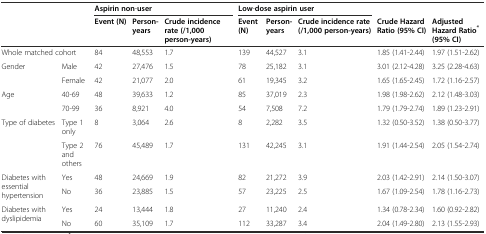
<table><thead><tr><td colspan="2"></td><td colspan="3"><b>Aspirin non-user</b></td><td colspan="3"><b>Low-dose aspirin user</b></td><td></td><td></td></tr><tr><td colspan="2"></td><td><b>Event (N)</b></td><td><b>Person-years</b></td><td><b>Crude incidence rate (/1,000 person-years)</b></td><td><b>Event (N)</b></td><td><b>Person-years</b></td><td><b>Crude incidence rate (/1,000 person-years)</b></td><td><b>Crude Hazard Ratio (95% CI)</b></td><td><b>Adjusted Hazard Ratio<sup>*</sup>(95% CI)</b></td></tr></thead><tbody><tr><td colspan="2">Whole matched cohort</td><td>84</td><td>48,553</td><td>1.7</td><td>139</td><td>44,527</td><td>3.1</td><td>1.85 (1.41-2.44)</td><td>1.97 (1.51-2.62)</td></tr><tr><td>Gender</td><td>Male</td><td>42</td><td>27,476</td><td>1.5</td><td>78</td><td>25,182</td><td>3.1</td><td>3.01 (2.12-4.28)</td><td>3.25 (2.28-4.63)</td></tr><tr><td></td><td>Female</td><td>42</td><td>21,077</td><td>2.0</td><td>61</td><td>19,345</td><td>3.2</td><td>1.65 (1.65-2.45)</td><td>1.72 (1.16-2.57)</td></tr><tr><td>Age</td><td>40-69</td><td>48</td><td>39,633</td><td>1.2</td><td>85</td><td>37,019</td><td>2.3</td><td>1.98 (1.98-2.62)</td><td>2.12 (1.48-3.03)</td></tr><tr><td></td><td>70-99</td><td>36</td><td>8,921</td><td>4.0</td><td>54</td><td>7,508</td><td>7.2</td><td>1.79 (1.79-2.74)</td><td>1.89 (1.23-2.91)</td></tr><tr><td>Type of diabetes</td><td>Type 1 only</td><td>8</td><td>3,064</td><td>2.6</td><td>8</td><td>2,282</td><td>3.5</td><td>1.32 (0.50-3.52)</td><td>1.38 (0.50-3.77)</td></tr><tr><td></td><td>Type 2 and others</td><td>76</td><td>45,489</td><td>1.7</td><td>131</td><td>42,245</td><td>3.1</td><td>1.91 (1.44-2.54)</td><td>2.05 (1.54-2.74)</td></tr><tr><td rowspan="2">Diabetes with essential hypertension</td><td>Yes</td><td>48</td><td>24,669</td><td>1.9</td><td>82</td><td>21,272</td><td>3.9</td><td>2.03 (1.42-2.91)</td><td>2.14 (1.50-3.07)</td></tr><tr><td>No</td><td>36</td><td>23,885</td><td>1.5</td><td>57</td><td>23,225</td><td>2.5</td><td>1.67 (1.09-2.54)</td><td>1.78 (1.16-2.73)</td></tr><tr><td rowspan="2">Diabetes with dyslipidemia</td><td>Yes</td><td>24</td><td>13,444</td><td>1.8</td><td>27</td><td>11,240</td><td>2.4</td><td>1.34 (0.78-2.34)</td><td>1.60 (0.92-2.82)</td></tr><tr><td>No</td><td>60</td><td>35,109</td><td>1.7</td><td>112</td><td>33,287</td><td>3.4</td><td>2.04 (1.49-2.80)</td><td>2.13 (1.55-2.93)</td></tr></tbody></table>